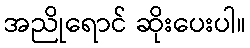
အညိုရောင် ဆိုးပေးပါ။